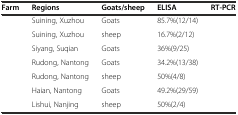
<table><thead><tr><td><b>Farm</b></td><td><b>Regions</b></td><td><b>Goats/sheep</b></td><td><b>ELISA</b></td><td><b>RT-PCR</b></td></tr></thead><tbody><tr><td>[EMPTY_CELL]</td><td>Suining, Xuzhou</td><td>Goats</td><td>85.7%(12/14)</td><td>[EMPTY_CELL]</td></tr><tr><td>[EMPTY_CELL]</td><td>Suining, Xuzhou</td><td>sheep</td><td>16.7%(2/12)</td><td>[EMPTY_CELL]</td></tr><tr><td>[EMPTY_CELL]</td><td>Siyang, Suqian</td><td>Goats</td><td>36%(9/25)</td><td>[EMPTY_CELL]</td></tr><tr><td>[EMPTY_CELL]</td><td>Rudong, Nantong</td><td>Goats</td><td>34.2%(13/38)</td><td>[EMPTY_CELL]</td></tr><tr><td>[EMPTY_CELL]</td><td>Rudong, Nantong</td><td>sheep</td><td>50%(4/8)</td><td>[EMPTY_CELL]</td></tr><tr><td>[EMPTY_CELL]</td><td>Haian, Nantong</td><td>Goats</td><td>49.2%(29/59)</td><td>[EMPTY_CELL]</td></tr><tr><td>[EMPTY_CELL]</td><td>Lishui, Nanjing</td><td>sheep</td><td>50%(2/4)</td><td>[EMPTY_CELL]</td></tr></tbody></table>